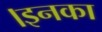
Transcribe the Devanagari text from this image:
।इनका